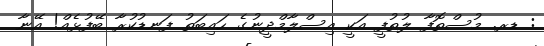
: ޑރ. މުސްތޮފާ ލުތުފީ އަކީ އިސްލާމްދީނުގެ ހައިބަތު ފަނޑުކުރާ ބޭފުޅެއް! އޭނާ